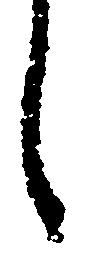
し